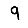
Digit: 9